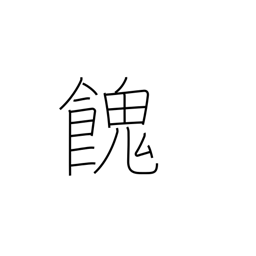
Meaning: provide